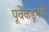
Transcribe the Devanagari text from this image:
पूर्वेकडूनही